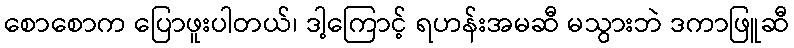
စောစောက ပြောဖူးပါတယ်၊ ဒါ့ကြောင့် ရဟန်းအမဆီ မသွားဘဲ ဒကာဖြူဆီ